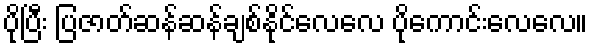
ပိုပြီး ပြဇာတ်ဆန်ဆန်ချစ်နိုင်လေလေ ပိုကောင်းလေလေ။